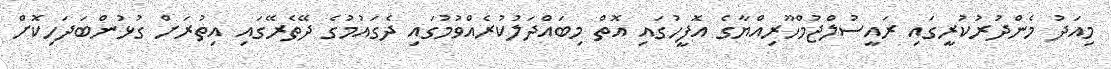
މިއަދު މެންދުރުކުރީގައި ރައީސުލްޖުމްހޫރިއްޔާގެ އޮފީހުގައި އޮތް މިބައްދަލުކުރެއްވުމުގައި ދެގައުމުގެ ދޭތެރޭގައި އިތުރަށް ގުޅުންބަދަހިކޮށް